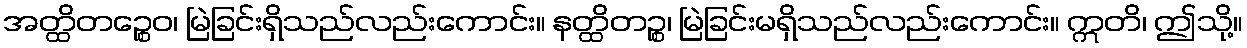
အတ္ထိတဉ္စေဝ၊ မြဲခြင်းရှိသည်လည်းကောင်း။ နတ္ထိတဉ္စ၊ မြဲခြင်းမရှိသည်လည်းကောင်း။ ဣတိ၊ ဤသို့။